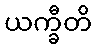
ယက္ခီတိ